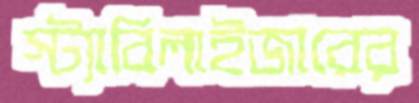
স্ট্যাবিলাইজারের